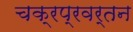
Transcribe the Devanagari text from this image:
चक्रप्रवर्तन